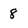
Character: 8